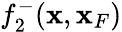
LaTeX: f_{2}^{-}({\mathbf x},{\mathbf x}_{F})